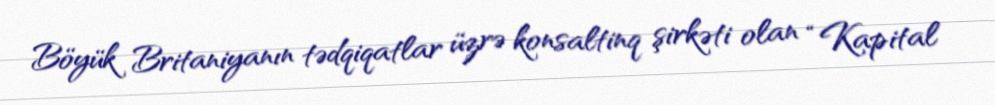
Böyük Britaniyanın tədqiqatlar üzrə konsaltinq şirkəti olan “Kapital